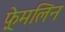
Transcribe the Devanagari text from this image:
फ़्रेमलिन